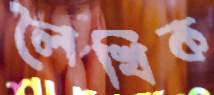
লৈখিক